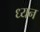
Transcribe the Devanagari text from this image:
ध्यन